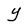
Character: Y